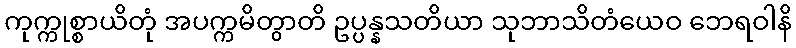
ကုက္ကုစ္စာယိတုံ အပက္ကမိတွာတိ ဥပ္ပန္နသတိယာ သုဘာသိတံယေဝ ဘေရဝါနိ